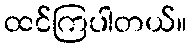
ထင်ကြပါတယ်။